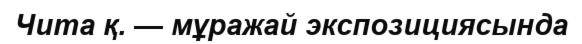
Чита қ. — мұражай экспозициясында